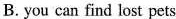
B. you can find lost pets